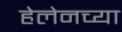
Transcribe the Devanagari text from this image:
हेलेनच्या